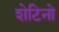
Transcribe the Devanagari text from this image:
शेटिनो